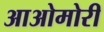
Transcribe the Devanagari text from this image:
आओमोरी